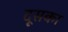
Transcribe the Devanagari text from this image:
दूसका